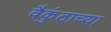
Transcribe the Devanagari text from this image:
वैकुंठाच्या